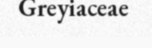
Greyiaceae